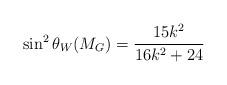
LaTeX: \begin{align*}\sin^2 \theta_W(M_{G}) =\frac{15k^2}{16k^2 +24}\end{align*}